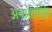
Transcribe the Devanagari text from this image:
अनओर्पोरेटेड